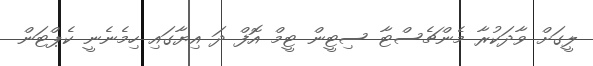
ލީގަށް ވާދަކުރާ މެންޗެސްޓާ ސިޓީން ޓީމް އޮފް ދަ އިޔާގައި ހިމެނެނީ ކެޕްޓަން